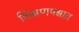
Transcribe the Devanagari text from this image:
शिक्षणपश्चात